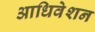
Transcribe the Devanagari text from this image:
आधिवेशन